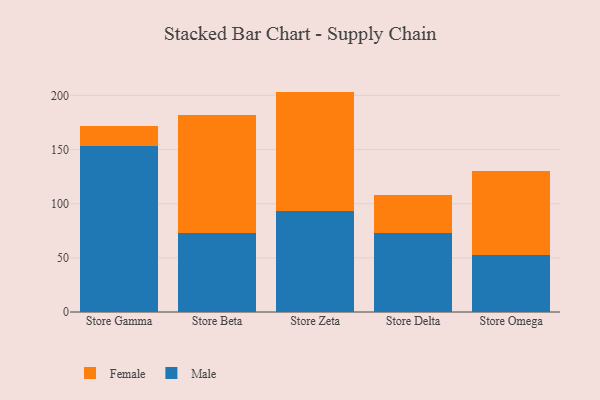
{"axis": {"x": "Store", "y": "Inventory Turnover"}, "legend": ["Female", "Male"], "data": [{"x": "Store Gamma", "y": 153.0, "type": "Male"}, {"x": "Store Gamma", "y": 18.4, "type": "Female"}, {"x": "Store Beta", "y": 73.3, "type": "Male"}, {"x": "Store Beta", "y": 108.7, "type": "Female"}, {"x": "Store Zeta", "y": 92.9, "type": "Male"}, {"x": "Store Zeta", "y": 110.6, "type": "Female"}, {"x": "Store Delta", "y": 73.4, "type": "Male"}, {"x": "Store Delta", "y": 34.9, "type": "Female"}, {"x": "Store Omega", "y": 52.7, "type": "Male"}, {"x": "Store Omega", "y": 77.3, "type": "Female"}]}